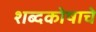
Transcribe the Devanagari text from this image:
शब्दकोषाचे